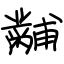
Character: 黼